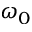
\omega _ { 0 }